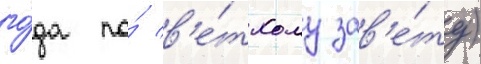
го́да по́ в'е́тхому зав'е́ту)